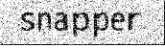
snapper